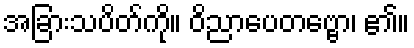
အခြားသပိတ်ကို။ ဝိညာပေတဗ္ဗော၊ ၏။